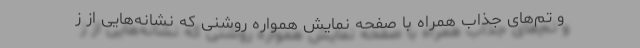
و تم‌های جذاب همراه با صفحه نمایش همواره روشنی که نشانه‌هایی از ز